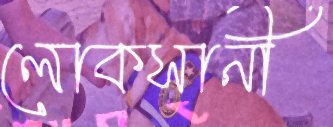
লোকসানী